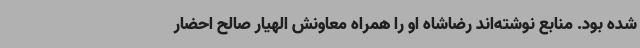
شده بود. منابع نوشته‌اند رضاشاه او را همراه معاونش الهیار صالح احضار